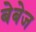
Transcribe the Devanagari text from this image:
बेबेज